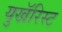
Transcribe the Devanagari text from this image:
युखॅरिस्ट